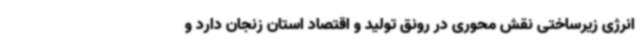
انرژی زیرساختی نقش محوری در رونق تولید و اقتصاد استان زنجان دارد و